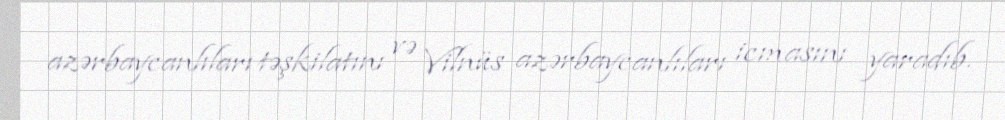
azərbaycanlıları təşkilatını və Vilnüs azərbaycanlıları icmasını yaradıb.